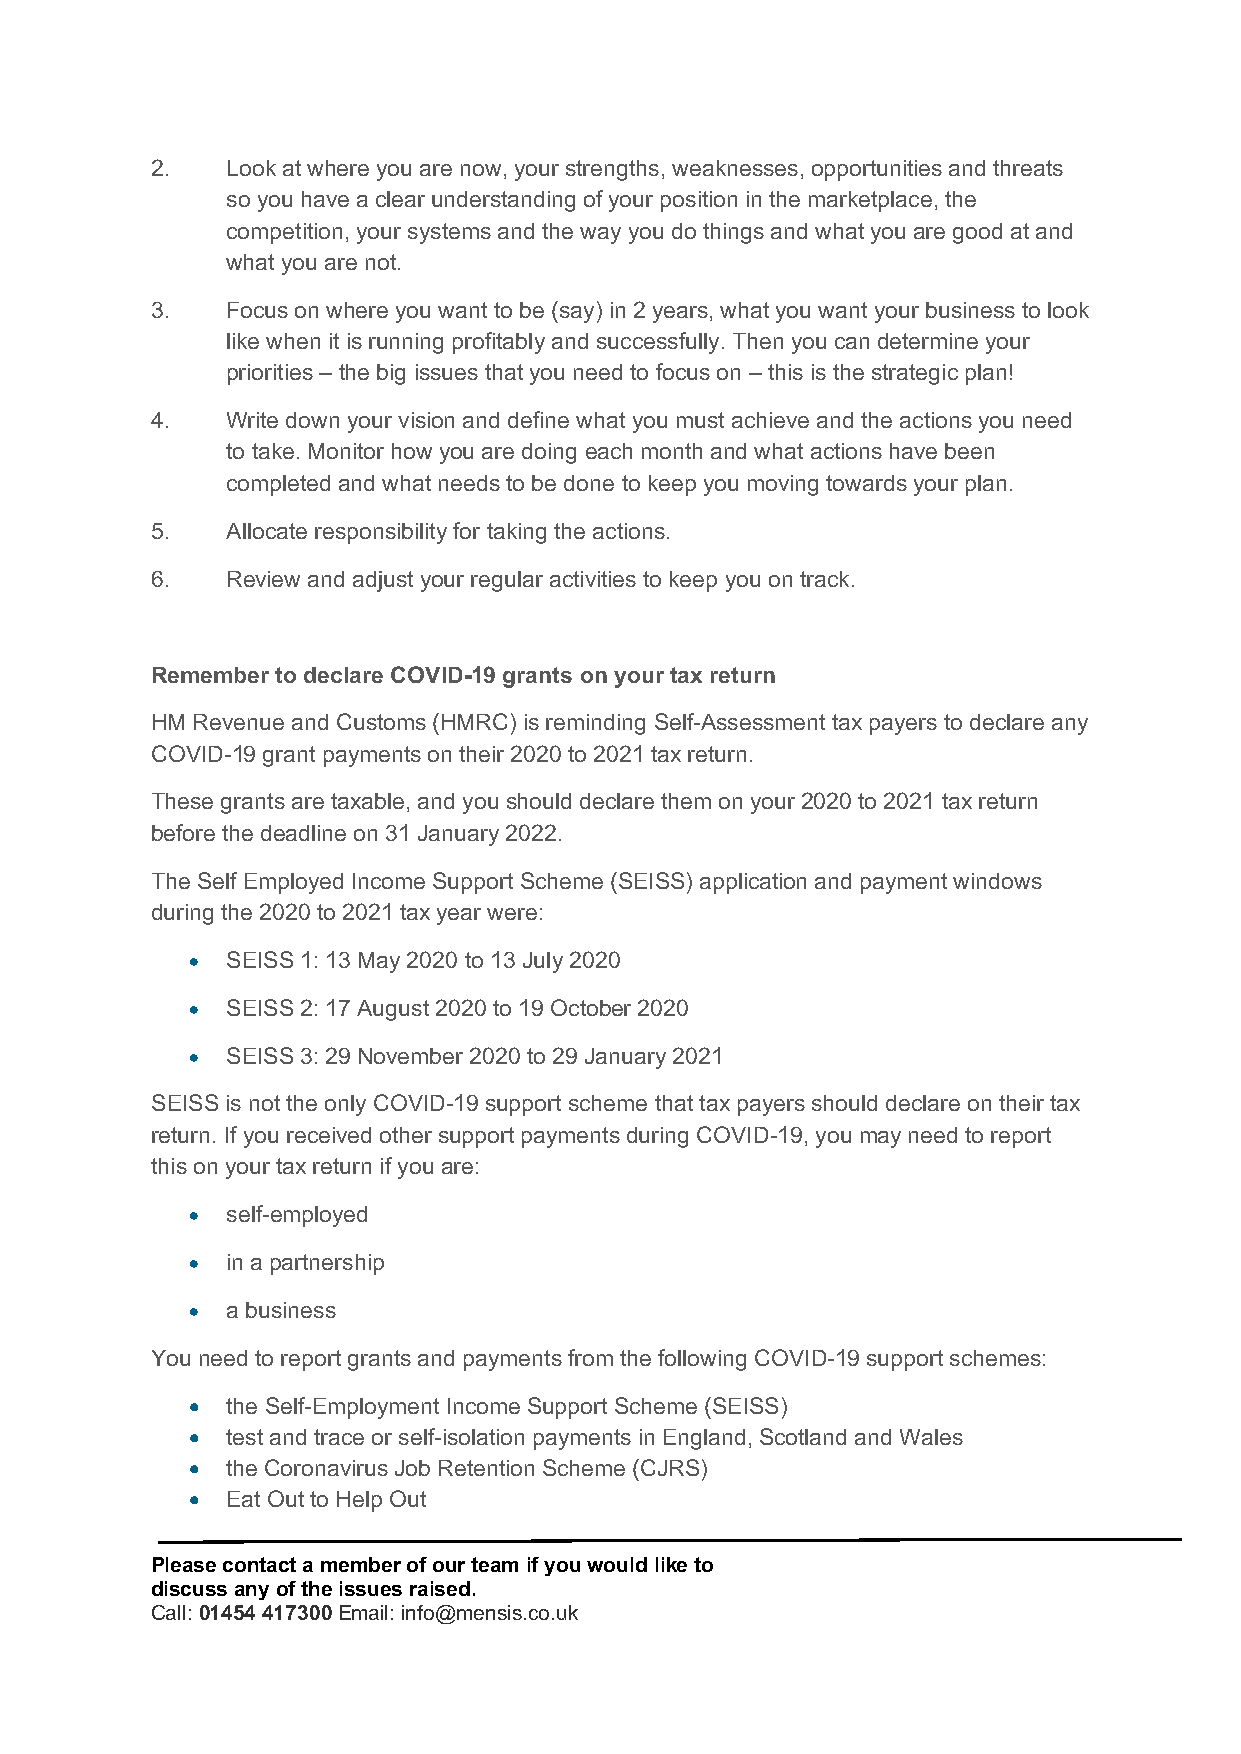
2.   Look at where you are now, your strengths, weaknesses, opportunities and threats
 so you have a clear understanding of your position in the marketplace, the
 competition, your systems and the way you do things and what you are good at and
 what you are not.
 3.   Focus on where you want to be (say) in 2 years, what you want your business to look
 like when it is running profitably and successfully. Then you can determine your
 priorities – the big issues that you need to focus on – this is the strategic plan!
 4.   Write down your vision and define what you must achieve and the actions you need
 to take. Monitor how you are doing each month and what actions have been
 completed and what needs to be done to keep you moving towards your plan.
 5.   Allocate responsibility for taking the actions.
 6.   Review and adjust your regular activities to keep you on track.
 Remember to declare COVID-19 grants on your tax return
 HM Revenue and Customs (HMRC) is reminding Self-Assessment tax payers to declare any
 COVID-19 grant payments on their 2020 to 2021 tax return.
 These grants are taxable, and you should declare them on your 2020 to 2021 tax return
 before the deadline on 31 January 2022.
 The Self Employed Income Support Scheme (SEISS) application and payment windows
 during the 2020 to 2021 tax year were:
 •  SEISS 1: 13 May 2020 to 13 July 2020
 •  SEISS 2: 17 August 2020 to 19 October 2020
 •  SEISS 3: 29 November 2020 to 29 January 2021
 SEISS is not the only COVID-19 support scheme that tax payers should declare on their tax
 return. If you received other support payments during COVID-19, you may need to report
 this on your tax return if you are:
 •  self-employed
 •  in a partnership
 •  a business
 You need to report grants and payments from the following COVID-19 support schemes:
 •  the Self-Employment Income Support Scheme (SEISS)
 •  test and trace or self-isolation payments in England, Scotland and Wales
 •  the Coronavirus Job Retention Scheme (CJRS)
 •  Eat Out to Help Out
 Please contact a member of our team if you would like to
 discuss any of the issues raised.
 Call: 01454 417300 Email: info@mensis.co.uk